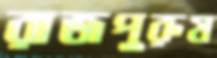
রাজপুরুষ